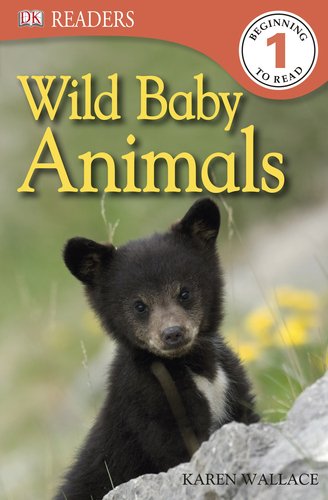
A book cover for DK Readers L1: Wild Baby Animals; Karen Wallace; Children's Books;